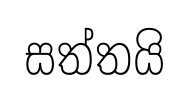
සත්තයි